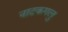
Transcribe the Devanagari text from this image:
नाटकगलु